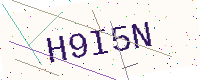
Text: H9I5N